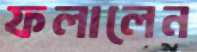
ফলালেন